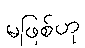
မဖြစ်ဟု